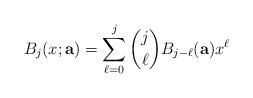
LaTeX: \begin{align*}B_{j}(x;\mathbf{a}) = \sum_{\ell=0}^{j} \binom{j}{\ell} B_{j-\ell}(\mathbf{a}) x^{\ell}\end{align*}